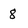
Character: 8